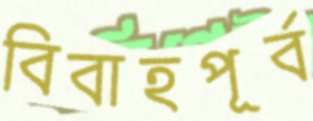
বিবাহপূর্ব